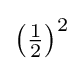
\left({\tfrac {1}{2}}\right)^{2}